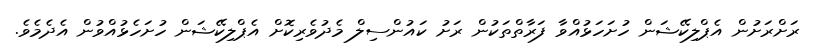
ރަށްރަށުން އެޕްލިކޭޝަން ހުށަހަޅުއްވާ ފަރާތްތަކުން ރަށު ކައުންސިލް މެދުވެރިކޮށް އެޕްލިކޭޝަން ހުށަހެޅުއްވުން އެދެމެވެ.